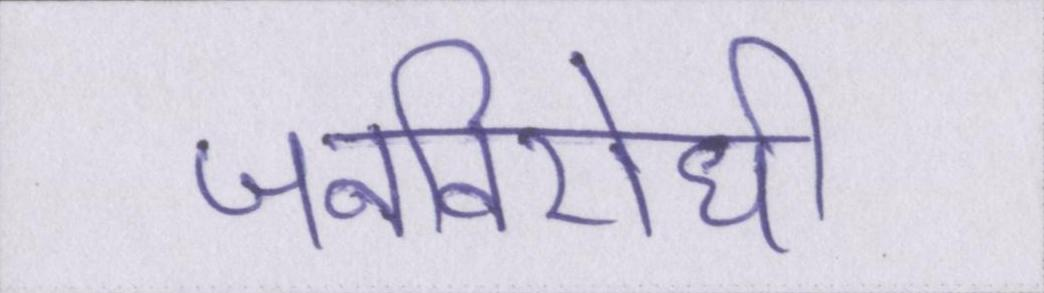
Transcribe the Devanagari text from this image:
जनविरोधी